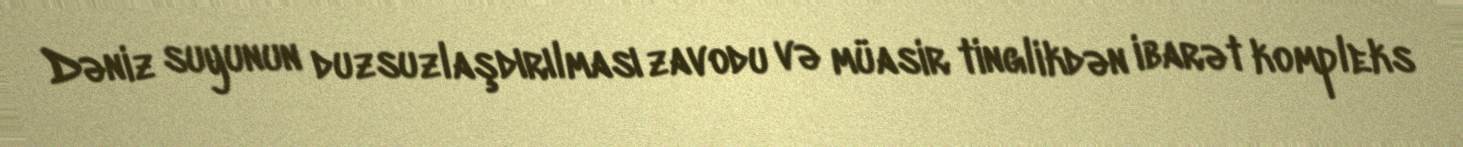
Dəniz suyunun duzsuzlaşdırılması zavodu və müasir tinglikdən ibarət kompleks